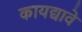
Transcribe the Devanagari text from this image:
कायद्यावे